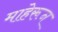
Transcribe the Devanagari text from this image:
माहेरून